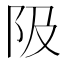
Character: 𨸚